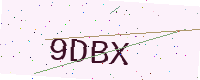
Text: 9DBX